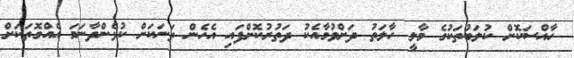
ހާއްސަކޮށް ކުލަބުތަކުގެ މާލީ ހާލަތު ދަށްވުމާއެކު ދަތުރުކޮށްފައި އެހެން ތަނަކަށް ކުޅެންދާނަމަ އެއްގޮތަކަށް